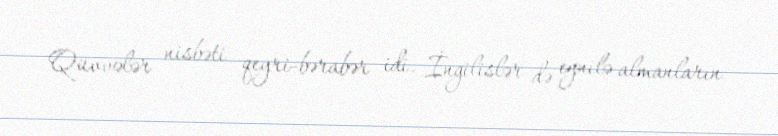
Qüvvələr nisbəti qeyri-bərabər idi. İngilislər də eynilə almanların